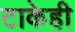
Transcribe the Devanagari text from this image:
टाकेही